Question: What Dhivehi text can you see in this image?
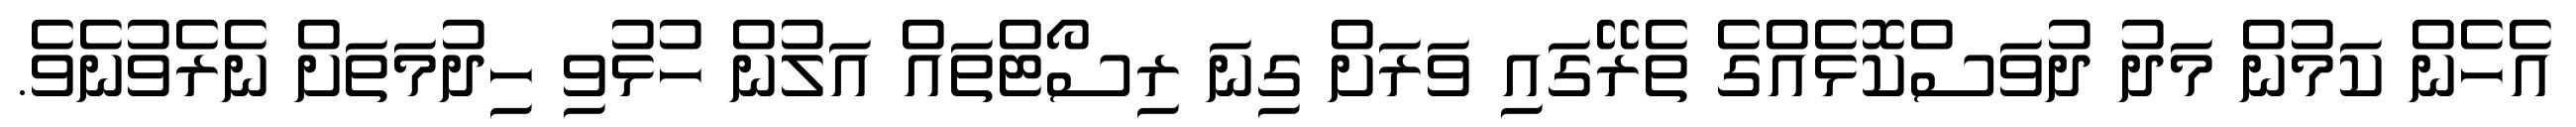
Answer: އެހެން ކަމުން މަދު ދުވަސްކޮޅެއްގެ ތެރޭގައި ވަރަށް ގިނަ ރިސޯޓްތައް އަލުން ހުޅުވި ހިދުމަތަށް ނެރެވުނެވެ.